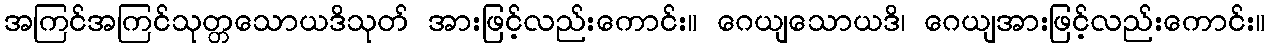
အကြင်အကြင်သုတ္တသောယဒိသုတ် အားဖြင့်လည်းကောင်း။ ဂေယျသောယဒိ၊ ဂေယျအားဖြင့်လည်းကောင်း။